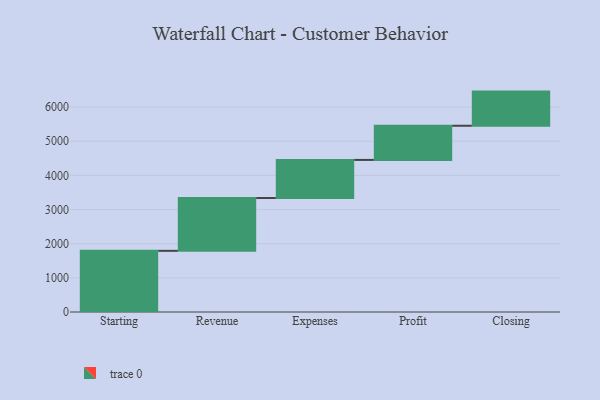
{"axis": {"x": "Step", "y": "Value"}, "legend": [""], "data": [{"x": "Starting", "y": 1791.0, "type": ""}, {"x": "Revenue", "y": 1546.0, "type": ""}, {"x": "Expenses", "y": 1116.0, "type": ""}, {"x": "Profit", "y": 1000, "type": ""}, {"x": "Closing", "y": 1000, "type": ""}]}